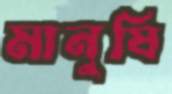
মানুষি